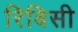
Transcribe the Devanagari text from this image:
रिबिसी